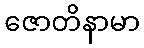
ဇောတိနာမာ